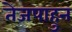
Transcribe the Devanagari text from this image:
तेजपाहुन